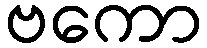
ဗကော